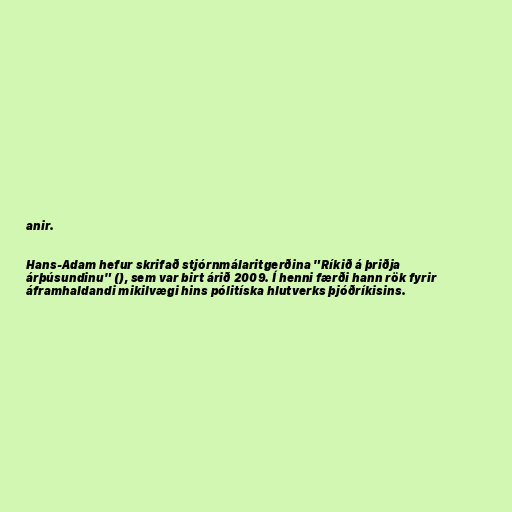
anir.

Hans-Adam hefur skrifað stjórnmálaritgerðina "Ríkið á þriðja
árþúsundinu" (), sem var birt árið 2009. Í henni færði hann rök fyrir
áframhaldandi mikilvægi hins pólitíska hlutverks þjóðríkisins.